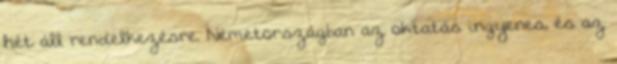
hét áll rendelkezésre. Németországban az oktatás ingyenes, és az